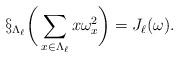
LaTeX: \begin{align*}\S_{\Lambda_\ell}\bigg(\sum_{x \in \Lambda_\ell} x \omega_x^2\bigg)=J_\ell(\omega). \end{align*}